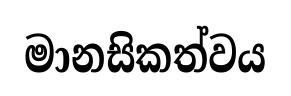
මානසිකත්වය